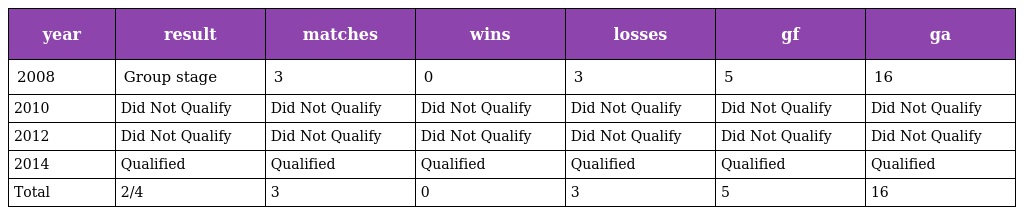
| year | result | matches | wins | losses | gf | ga |
 | --- | --- | --- | --- | --- | --- | --- |
 | 2008 | Group stage | 3 | 0 | 3 | 5 | 16 |
 | 2010 | Did Not Qualify | Did Not Qualify | Did Not Qualify | Did Not Qualify | Did Not Qualify | Did Not Qualify |
 | 2012 | Did Not Qualify | Did Not Qualify | Did Not Qualify | Did Not Qualify | Did Not Qualify | Did Not Qualify |
 | 2014 | Qualified | Qualified | Qualified | Qualified | Qualified | Qualified |
 | Total | 2/4 | 3 | 0 | 3 | 5 | 16 |